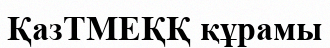
ҚазТМЕҚҚ құрамы